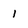
Character: I